Report of the Indian Hemp Drugs Commission, 1894-1895 - Volume IV
Year: 1894
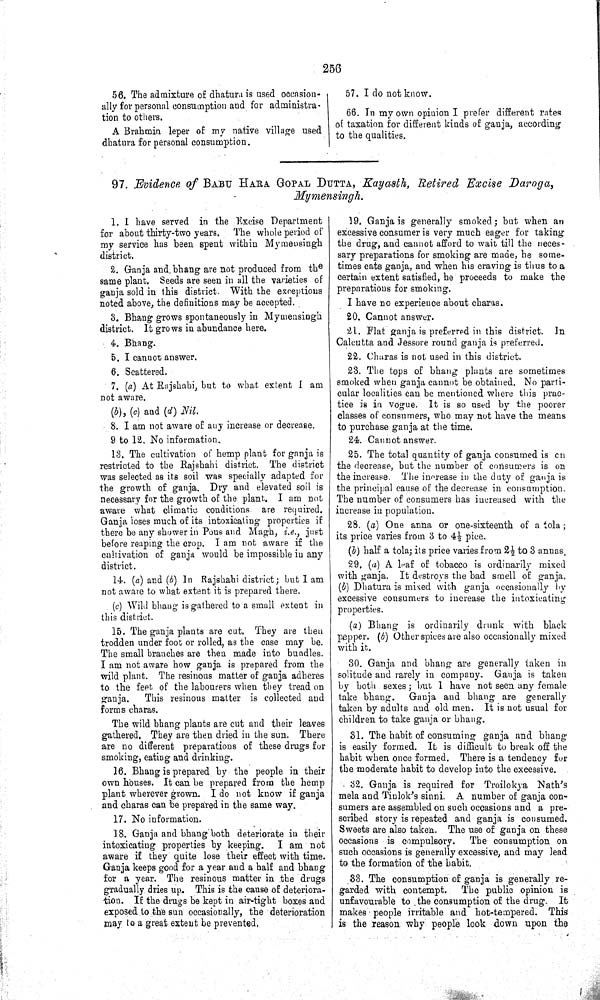
256
56. The admixture of dhatura is used occasion-
ally for personal consumption and for administra-
tion to others.
A Brahmin leper of my native village used
dhatura for personal consumption.
57. I do not know.
66. In my own opinion I prefer different rates
of taxation for different kinds of ganja, according
to the qualities.
97. Evidence of BABU HARA GOPAL DUTTA, Kayasth, Retired Excise
Daroga,
Mymensingh.
1. I have served in the Excise Department
for about thirty-two years.
The whole period of
my service has been spent within Mymensingh
district.
2. Ganja and, bhang are not produced from th e
same plant. Seeds are seen in all the varieties of
ganja sold in this district. With the exceptions
noted above, the definitions may be accepted.
3. Bhang grows spontaneously in Mymensingh
district. It grows in abundance here.
4. Bhang.
5. I cannot answer.
6. Scattered.
7. (a) At Rajshahi, but to what extent I am
not aware.
(b), (c) and (d) Nil.
8. I am not aware of any increase or decrease.
9 to 12. No information.
13. The cultivation of hemp plant for ganja is
restricted to the Rajshahi district. The district
was selected as its soil was specially adapted for
the growth of ganja. Dry and elevated soil is
necessary for the growth of the plant. I am not
aware what climatic conditions
are required.
Ganja loses much of its intoxicating properties if
there be any shower in Pous and Magh, i.e., just
before reaping the crop. I am not aware if the
cultivation of ganja would be impossible in any
district.
14. (a) and (b) In Rajshahi district; but I am
not aware to what extent it is prepared there.
(c) Wild bhang is gathered to a small extent in
this district.
15. The ganja plants are cut. They are then
trodden under foot or rolled, as the case may be.
The small branches are then made into bundles.
I am not aware how ganja is prepared from the
wild plant. The resinous matter of ganja adheres
to the feet of the labourers when they tread on
ganja.
This resinous matter is collected and
forms charas.
The wild bhang plants are cut and their leaves
gathered. They are then dried in the sun. There
are no different preparations of these drugs for
smoking, eating and drinking.
16. Bhang is prepared by the people in their
own houses. It can be prepared from the hemp
plant wherever grown. I do not know if ganja
and charas can be prepared in the same way.
17. No information.
18. Ganja and bhang both deteriorate in their
intoxicating properties by keeping.
I am not
aware if they quite lose their effect with time.
Ganja keeps good for a year and a half and bhang
for a year. The resinous matter in the drugs
gradually dries up. This is the cause of deteriora-
tion. If the drugs be kept in air-tight boxes and
exposed to the sun occasionally, the deterioration
may to a great extent be prevented.
19. Ganja is generally smoked; but when an
excessive consumer is very much eager for taking
the drug, and cannot afford to wait till the neces-
sary preparations for smoking are made, he some-
times eats ganja, and when his craving is thus to a
certain extent satisfied, he proceeds to make the
preparations for smoking.
I have no experience about charas.
20. Cannot answer.
21. Flat ganja is preferred in this district.
In
Calcutta and Jessore round ganja is preferred.
22. Charas is not used in this district.
23. The tops of bhang plants are sometimes
smoked when ganja cannot be obtained. No parti-
cular localities can be mentioned where this prac-
tice is in vogue. It is so used by the poorer
classes of consumers, who may not have the means
to purchase ganja at the time.
24. Cannot answer.
25. The total quantity of ganja consumed is on
the decrease, but the number of consumers is on
the increase. The increase in the duty of ganja is
the principal cause of the decrease in consumption.
The number of consumers has increased with the
increase in population.
28. (a) One anna or one-sixteenth of a tola;
its price varies from 3 to 4½ pice.
(b) half a tola; its price varies from 2½ to 3 annas.
29. (a) A leaf of tobacco is ordinarily mixed
with ganja. It destroys the bad smell of ganja.
(b) Dhatura is mixed with ganja occasionally by
excessive consumers to increase the intoxicating
properties.
(a) Bhang is ordinarily drunk with black
pepper. (b) Other spices are also occasionally mixed
with it.
30. Ganja and bhang are generally taken in
solitude and rarely in company. Ganja is taken
by both sexes; but I have not seen any female
take bhang.
Ganja and bhang are generally
taken by adults and old men. It is not usual for
children to take ganja or bhang.
31. The habit of consuming ganja and bhang
is easily formed. It is difficult to break off the
habit when once formed. There is a tendency for
the moderate habit to develop into the excessive.
32. Ganja is required for Troilokya Nath's
mela and Tinlok's sinni. A number of ganja con-
sumers are assembled on such occasions and a pre-
scribed story is repeated and ganja is consumed.
Sweets are also taken. The use of ganja on these
occasions is compulsory.
The consumption on
such occasions is generally excessive, and may lead
to the formation of the habit.
33. The consumption of ganja is generally re-
garded with contempt.
The public opinion is
unfavourable to the consumption of the drug.
It
makes people irritable and hot-tempered. This
is the reason why people look down upon the